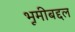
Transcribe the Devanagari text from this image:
भूमीबद्दल